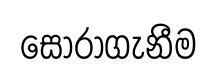
සොරාගැනීම